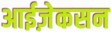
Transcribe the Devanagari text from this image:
आईज़ेकसन